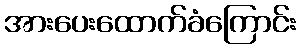
အားပေးထောက်ခံကြောင်း